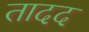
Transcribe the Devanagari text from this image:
तादद